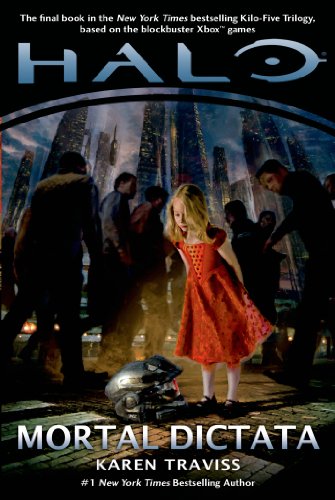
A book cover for Halo: Mortal Dictata; Karen Traviss; Science Fiction & Fantasy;